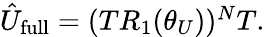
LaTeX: \begin{array}{r}{\hat{U}_{\mathrm{full}}=(TR_{1}(\theta_{U}))^{N}T.}\end{array}